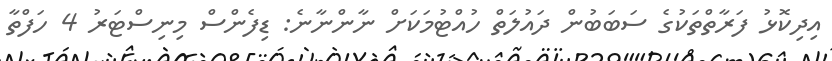
އިދިކޮޅު ފަރާތްތަކުގެ ސަބަބުން ދައުލަތް ހުއްޓުމަކަށް ނާންނާނެ: ޑިފެންސް މިނިސްޓަރު 4 ހަފްތާ